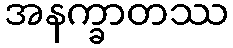
အနက္ခာတဿ